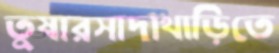
তুষারসাদাখাড়িতে